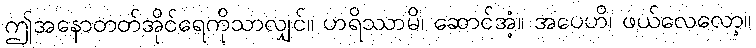
ဤအနောတတ်အိုင်ရေကိုသာလျှင်။ ဟရိဿာမိ၊ ဆောင်အံ့။ အပေဟိ၊ ဖယ်လေလော့။